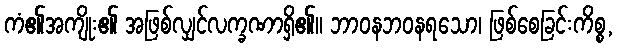
ကံ၏အကျိုး၏ အဖြစ်လျှင်လက္ခဏာရှိ၏။ ဘာဝနဘဝနရသော၊ ဖြစ်စေခြင်းကိစ္စ,